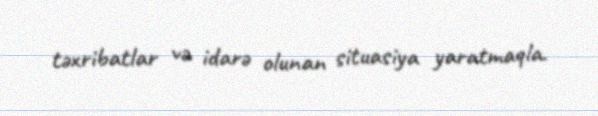
təxribatlar və idarə olunan situasiya yaratmaqla.